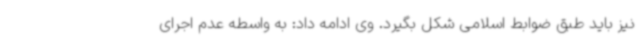
نیز باید طبق ضوابط اسلامی شکل بگیرد. وی ادامه داد: به واسطه عدم اجرای